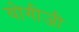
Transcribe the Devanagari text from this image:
योगीजी